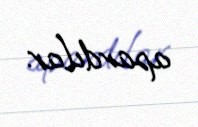
apardılar.